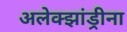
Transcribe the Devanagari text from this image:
अलेक्झांड्रीना